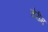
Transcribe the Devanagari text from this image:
चेरीम